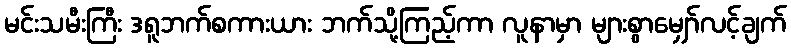
မင်းသမီးကြီး ဒရူဘက်စကားယား ဘက်သို့ကြည့်ကာ လူနာမှာ များစွာမျှော်လင့်ချက်